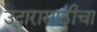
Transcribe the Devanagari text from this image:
उद्धारासाठीचा